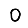
Digit: 0